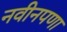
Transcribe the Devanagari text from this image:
नवीनपणा